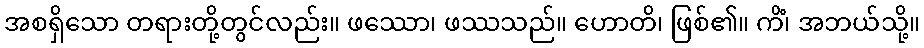
အစရှိသော တရားတို့တွင်လည်း။ ဖဿော၊ ဖဿသည်။ ဟောတိ၊ ဖြစ်၏။ ကိံ၊ အဘယ်သို့။